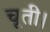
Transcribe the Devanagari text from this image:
चूती।